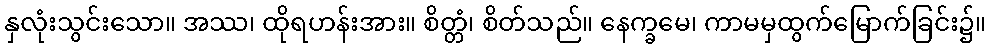
နှလုံးသွင်းသော။ အဿ၊ ထိုရဟန်းအား။ စိတ္တံ၊ စိတ်သည်။ နေက္ခမေ၊ ကာမမှထွက်မြောက်ခြင်း၌။